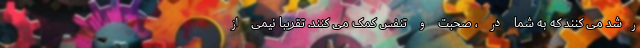
رشد می کنند که به شما در ، صحبت و تنفس کمک می کنند. تقریبا نیمی از